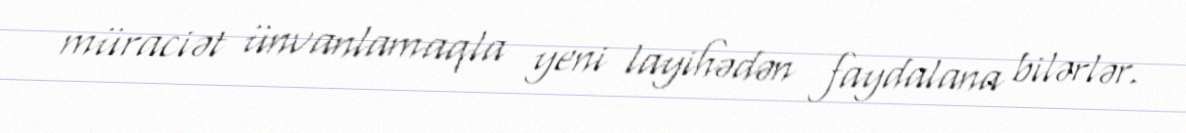
müraciət ünvanlamaqla yeni layihədən faydalana bilərlər.